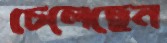
চেলেছেন